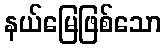
နယ်မြေဖြစ်သော